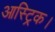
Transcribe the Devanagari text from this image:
आस्ट्रिक।